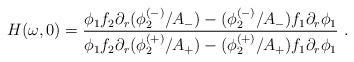
LaTeX: \begin{align*}H(\omega ,0)=\frac{\phi _{1}f_{2}\partial _{r}(\phi _{2}^{(-)}/A_{-})-(\phi_{2}^{(-)}/A_{-})f_{1}\partial _{r}\phi _{1}}{\phi _{1}f_{2}\partial_{r}(\phi _{2}^{(+)}/A_{+})-(\phi _{2}^{(+)}/A_{+})f_{1}\partial _{r}\phi_{1}}\ .\end{align*}